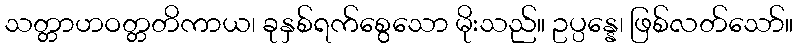
သတ္တာဟဝတ္တတိကာယ၊ ခုနှစ်ရက်စွေသော မိုးသည်။ ဥပ္ပန္နေ၊ ဖြစ်လတ်သော်။